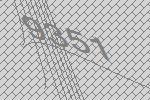
9351